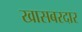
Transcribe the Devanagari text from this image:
खासबरदार